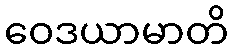
ဝေဒယာမာတိ